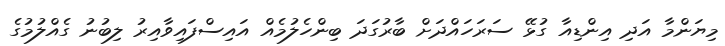
މިޔަންމާ އަދި އިންޑިއާ ގުޅޭ ސަރަހައްދަށް ބާރުގަދަ ބިންހެލުމެއް އައިސްފައިވާއިރު ލިބުނު ގެއްލުމުގެ